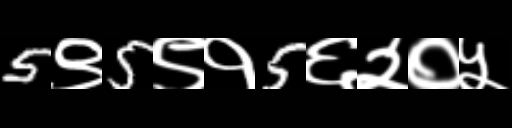
Text: 5९5९१5६२०५